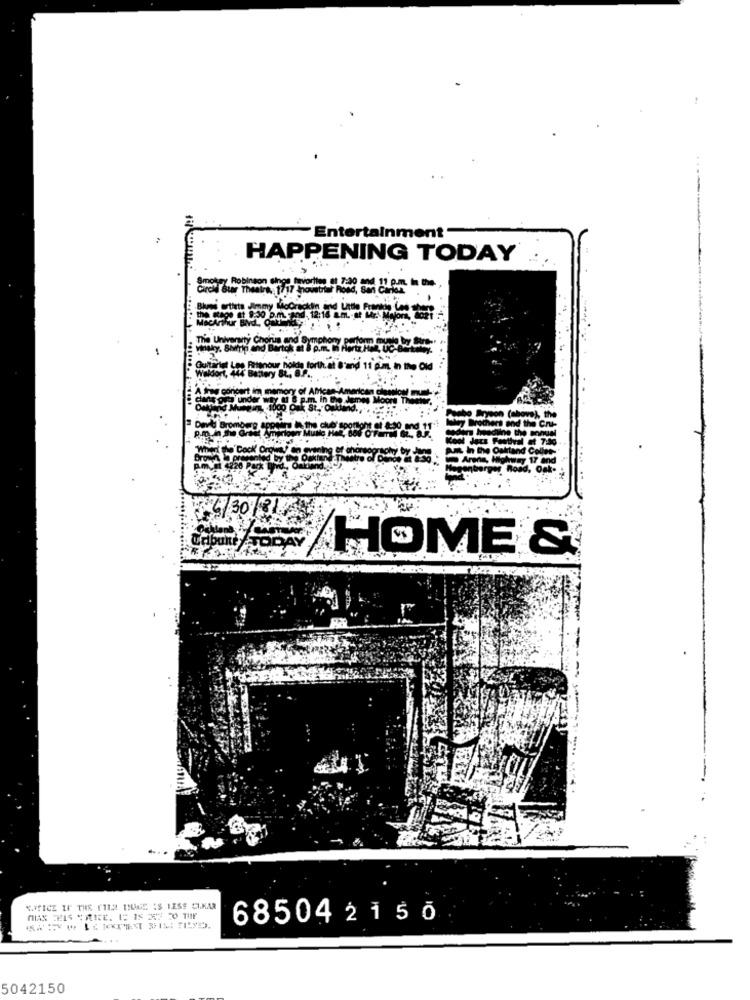
Entertainment
HAPPENING TODAY
0,12:16 am .- st M
The University Chorus and Symphon
het Lop Piotspour halt forth, at &'and 11 gum, in the Old
clan
unde
Devit Bromog's &
16/30 /31
HOME &
"VICE IF THE FILM TUNE IS LESS CIKAR
68504 2 1 5 0
5042150